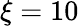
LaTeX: \xi=10